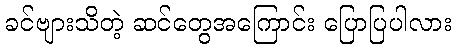
ခင်ဗျားသိတဲ့ ဆင်တွေအကြောင်း ပြောပြပါလား